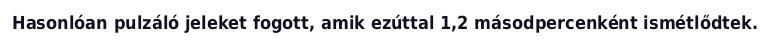
Hasonlóan pulzáló jeleket fogott, amik ezúttal 1,2 másodpercenként ismétlődtek.